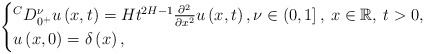
\begin{align*}\begin{cases}{}^C D^\nu_{0^+} u \left( x,t \right) =H t^{2H-1} \frac{\partial^2}{\partial x^2} u \left( x,t \right),\nu \in \left( 0,1 \right], \: x \in \mathbb{R}, \: t >0,\\u \left( x,0 \right) = \delta \left( x \right),\end{cases}\end{align*}